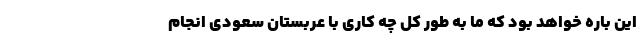
این باره خواهد بود که ما به طور کل چه کاری با عربستان سعودی انجام